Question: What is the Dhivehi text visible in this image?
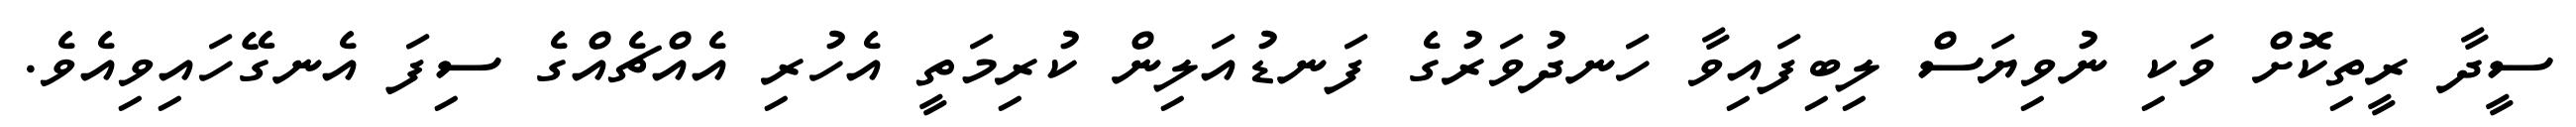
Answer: ސީދާ ރީތިކޮށް ވަކި ނުވިޔަސް ލިބިފައިވާ ހަނދުވަރުގެ ފަނޑުއަލިން ކުރިމަތީ އެހުރި އެއްޗެއްގެ ސިފަ އެނގޭހައިވިއެވެ.